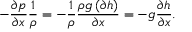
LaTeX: - { \frac { \partial p } { \partial x } } { \frac { 1 } { \rho } } = - { \frac { 1 } { \rho } } { \frac { \rho g \left( \partial h \right) } { \partial x } } = - g { \frac { \partial h } { \partial x } } .